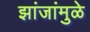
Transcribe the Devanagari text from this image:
झांजांमुळे